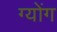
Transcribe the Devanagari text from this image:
ग्योंग